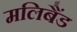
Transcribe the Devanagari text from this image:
मलिबैंड